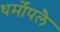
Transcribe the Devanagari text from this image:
थर्मोपलै